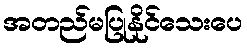
အတည်မပြုနိုင်သေးပေ